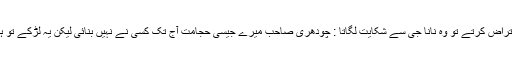
ہم اس حجامت پر اعتراض کرتے تو وہ نانا جی سے شکایت لگاتا : چودھری صاحب میرے جیسی حجامت آج تک کسی نے نہیں بنائی لیکن یہ لڑکے تو ہیں ہی میرے دشمن ۔